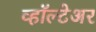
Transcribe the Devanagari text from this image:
व्हॉल्टेअर